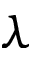
\lambda